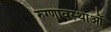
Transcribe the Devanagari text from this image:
रुग्णावस्थाओं